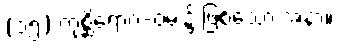
(၁၅) ကုစ္ဆိရောဂ-ဝမ်း၌ ဖြစ်သော အနာ။